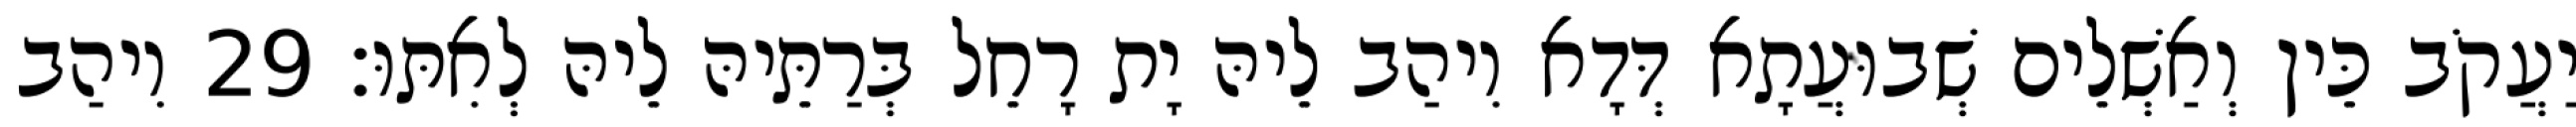
יַעֲקֹב כֵּין וְאַשְׁלֵים שְׁבוּעֲתָא דְּדָא וִיהַב לֵיהּ יָת רָחֵל בְּרַתֵּיהּ לֵיהּ לְאִתּוּ׃ 29 וִיהַב